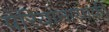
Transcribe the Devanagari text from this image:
पेरियानायाकी